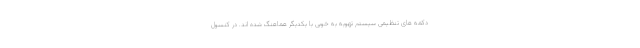
دکمه های تنظیمی سیستم تهویه به خوبی با یکدیگر هماهنگ شده اند. در کنسول